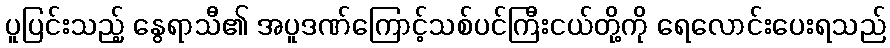
ပူပြင်းသည့် နွေရာသီ၏ အပူဒဏ်ကြောင့်သစ်ပင်ကြီးငယ်တို့ကို ရေလောင်းပေးရသည်